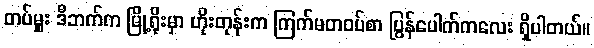
တပ်မှူး ဒီဘက်က မြို့ရိုးမှာ ဟိုးတုန်းက ကြက်မတဝပ်စာ ပြွန်ပေါက်ကလေး ရှိပါတယ်။